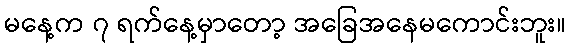
မနေ့က ၇ ရက်နေ့မှာတော့ အခြေအနေမကောင်းဘူး။